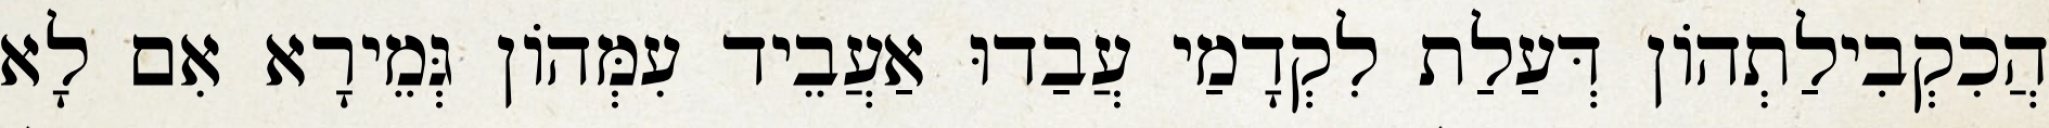
הֲכִקְבִילַתְהוֹן דְּעַלַת לִקְדָמַי עֲבַדוּ אַעֲבֵיד עִמְּהוֹן גְּמֵירָא אִם לָא